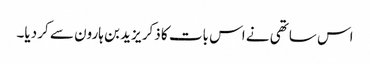
اس ساتھی نے اس بات کا ذکر یزید بن ہارون سے کر دیا۔